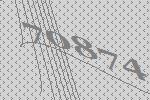
70874